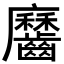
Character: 𪙱